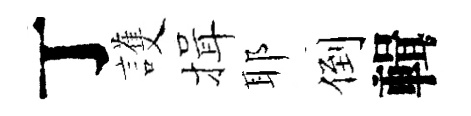
丁護揖耶倒輯